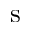
\mathrm { s }